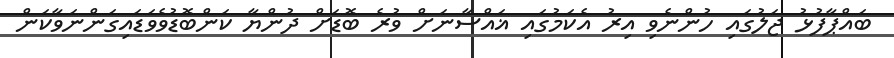
ބައްޕާފުޅު ޖަލުގައި ހުންނެވި އިރު އެކަމުގައި ޣައްސާނަށް ވުރެ ބޮޑަށް ދުންޔާ ކަންބޮޑުވެވަޑައިގަންނަވާކަން